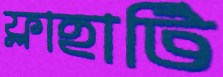
ফ্লাহার্টি